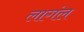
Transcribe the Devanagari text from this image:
लागंल